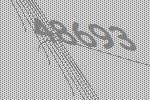
48693